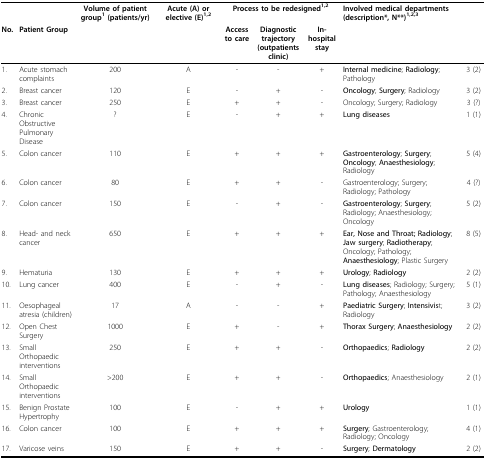
|  |  | Volume of patient group1 (patients/yr) | Acute (A) or elective (E)1,2 | <COLSPAN=3> Process to be redesigned1,2 | <COLSPAN=2> Involved medical departments (description*, N**)1,2,3 |
 | No. | Patient Group |  |  | Access to care | Diagnostic trajectory (outpatients clinic) | In-hospital stay |  |  |
 | --- | --- | --- | --- | --- | --- | --- | --- | --- |
 | 1. | Acute stomach complaints | 200 | A | - | - | + | Internal medicine; Radiology; Pathology | 3 (2) |
 | 2. | Breast cancer | 120 | E | - | + | - | Oncology; Surgery; Radiology | 3 (2) |
 | 3. | Breast cancer | 250 | E | + | + | - | Oncology; Surgery; Radiology | 3 (?) |
 | 4. | Chronic Obstructive Pulmonary Disease | ? | E | - | + | + | Lung diseases | 1 (1) |
 | 5. | Colon cancer | 110 | E | + | + | + | Gastroenterology; Surgery; Oncology; Anaesthesiology; Radiology | 5 (4) |
 | 6. | Colon cancer | 80 | E | + | + | - | Gastroenterology; Surgery; Radiology; Pathology | 4 (?) |
 | 7. | Colon cancer | 150 | E | - | + | - | Gastroenterology; Surgery; Radiology; Anaesthesiology; Oncology | 5 (2) |
 | 8. | Head- and neck cancer | 650 | E | + | + | + | Ear, Nose and Throat; Radiology; Jaw surgery; Radiotherapy; Oncology; Pathology; Anaesthesiology; Plastic Surgery | 8 (5) |
 | 9. | Hematuria | 130 | E | + | + | + | Urology; Radiology | 2 (2) |
 | 10. | Lung cancer | 400 | E | - | + | - | Lung diseases; Radiology; Surgery; Pathology; Anaesthesiology | 5 (1) |
 | 11. | Oesophageal atresia (children) | 17 | A | - | - | + | Paediatric Surgery; Intensivist; Radiology | 3 (2) |
 | 12. | Open Chest Surgery | 1000 | E | + | - | + | Thorax Surgery; Anaesthesiology | 2 (2) |
 | 13. | Small Orthopaedic interventions | 250 | E | + | + | - | Orthopaedics; Radiology | 2 (2) |
 | 14. | Small Orthopaedic interventions | >200 | E | + | + | - | Orthopaedics; Anaesthesiology | 2 (1) |
 | 15. | Benign Prostate Hypertrophy | 100 | E | - | + | + | Urology | 1 (1) |
 | 16. | Colon cancer | 100 | E | + | + | + | Surgery; Gastroenterology; Radiology; Oncology | 4 (1) |
 | 17. | Varicose veins | 150 | E | + | + | - | Surgery; Dermatology | 2 (2) |